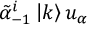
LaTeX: \tilde { \alpha } _ { - 1 } ^ { i } \left| k \right> u _ { \alpha }